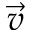
\vec { v }